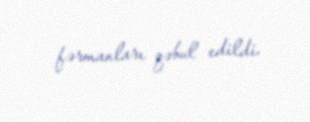
fərmanları qəbul edildi.